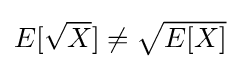
{\textstyle E[{\sqrt {X}}]\neq {\sqrt {E[X]}}}